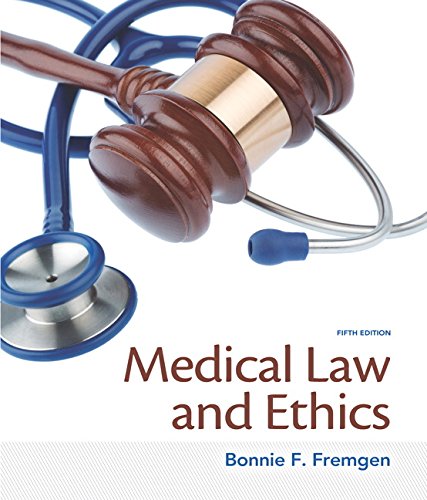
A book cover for Medical Law and Ethics (5th Edition); Bonnie F. Fremgen; Medical Books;